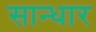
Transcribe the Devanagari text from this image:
सान्धार